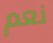
نعم